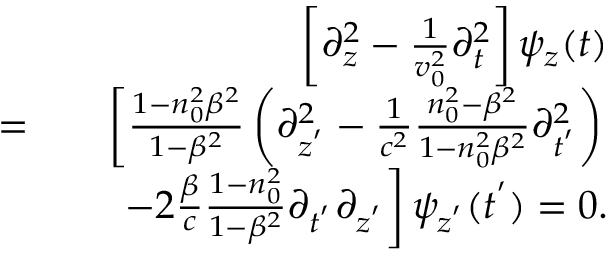
\begin{array} { r l r } & { } & { \left[ \partial _ { z } ^ { 2 } - \frac { 1 } { v _ { 0 } ^ { 2 } } \partial _ { t } ^ { 2 } \right] \psi _ { z } ( t ) } \\ { = } & { } & { \left[ \frac { 1 - n _ { 0 } ^ { 2 } \beta ^ { 2 } } { 1 - \beta ^ { 2 } } \left( \partial _ { z ^ { ' } } ^ { 2 } - \frac { 1 } { c ^ { 2 } } \frac { n _ { 0 } ^ { 2 } - \beta ^ { 2 } } { 1 - n _ { 0 } ^ { 2 } \beta ^ { 2 } } \partial _ { t ^ { ' } } ^ { 2 } \right) \right. } \\ & { } & { \left. - 2 \frac { \beta } { c } \frac { 1 - n _ { 0 } ^ { 2 } } { 1 - \beta ^ { 2 } } \partial _ { t ^ { ' } } \partial _ { z ^ { ' } } \right] \psi _ { z ^ { ' } } ( t ^ { ' } ) = 0 . } \end{array}